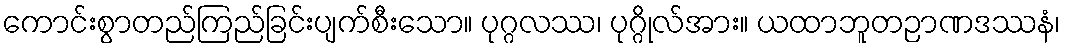
ကောင်းစွာတည်ကြည်ခြင်းပျက်စီးသော။ ပုဂ္ဂလဿ၊ ပုဂ္ဂိုလ်အား။ ယထာဘူတဉာဏဒဿနံ၊